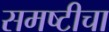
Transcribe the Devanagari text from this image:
समष्टीचा